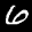
Label: 6